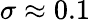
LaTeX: \sigma\approx 0.1